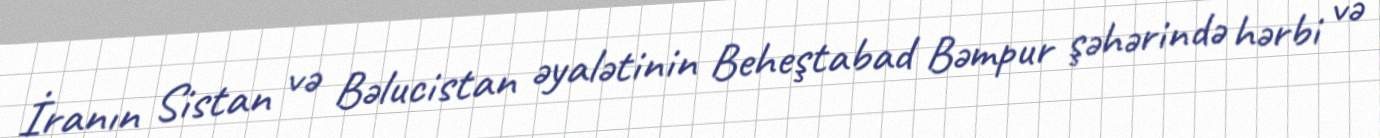
İranın Sistan və Bəlucistan əyalətinin Beheştabad Bəmpur şəhərində hərbi və